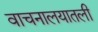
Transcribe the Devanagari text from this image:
वाचनालयातली